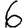
Digit: 6